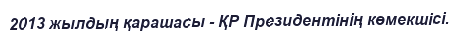
2013 жылдың қарашасы - ҚР Президентінің көмекшісі.